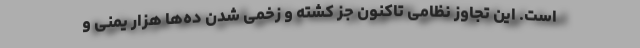
است. این تجاوز نظامی تاکنون جز کشته و زخمی شدن ده‌ها هزار یمنی و